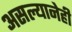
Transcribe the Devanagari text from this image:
असल्यानेही